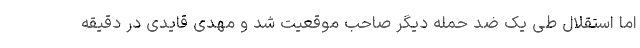
اما استقلال طی یک ضد حمله دیگر صاحب موقعیت شد و مهدی قایدی در دقیقه